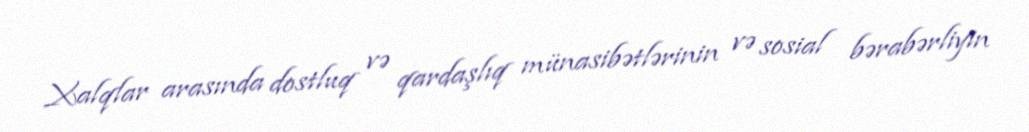
Xalqlar arasında dostluq və qardaşlıq münasibətlərinin və sosial bərabərliyin